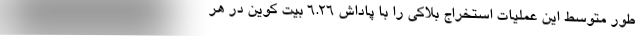
طور متوسط این عملیات استخراج بلاکی را با پاداش 6.26 بیت کوین در هر